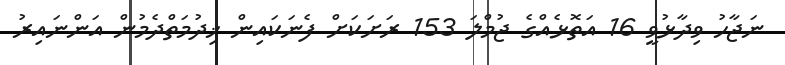
ނަޖާހު ވިދާޅުވީ 16 އަތޮޅެއްގެ ޖުމްލަ 153 ރަށަކަށް ފެނަކައިން ޚިދުމަތްދެމުން އަންނައިރު